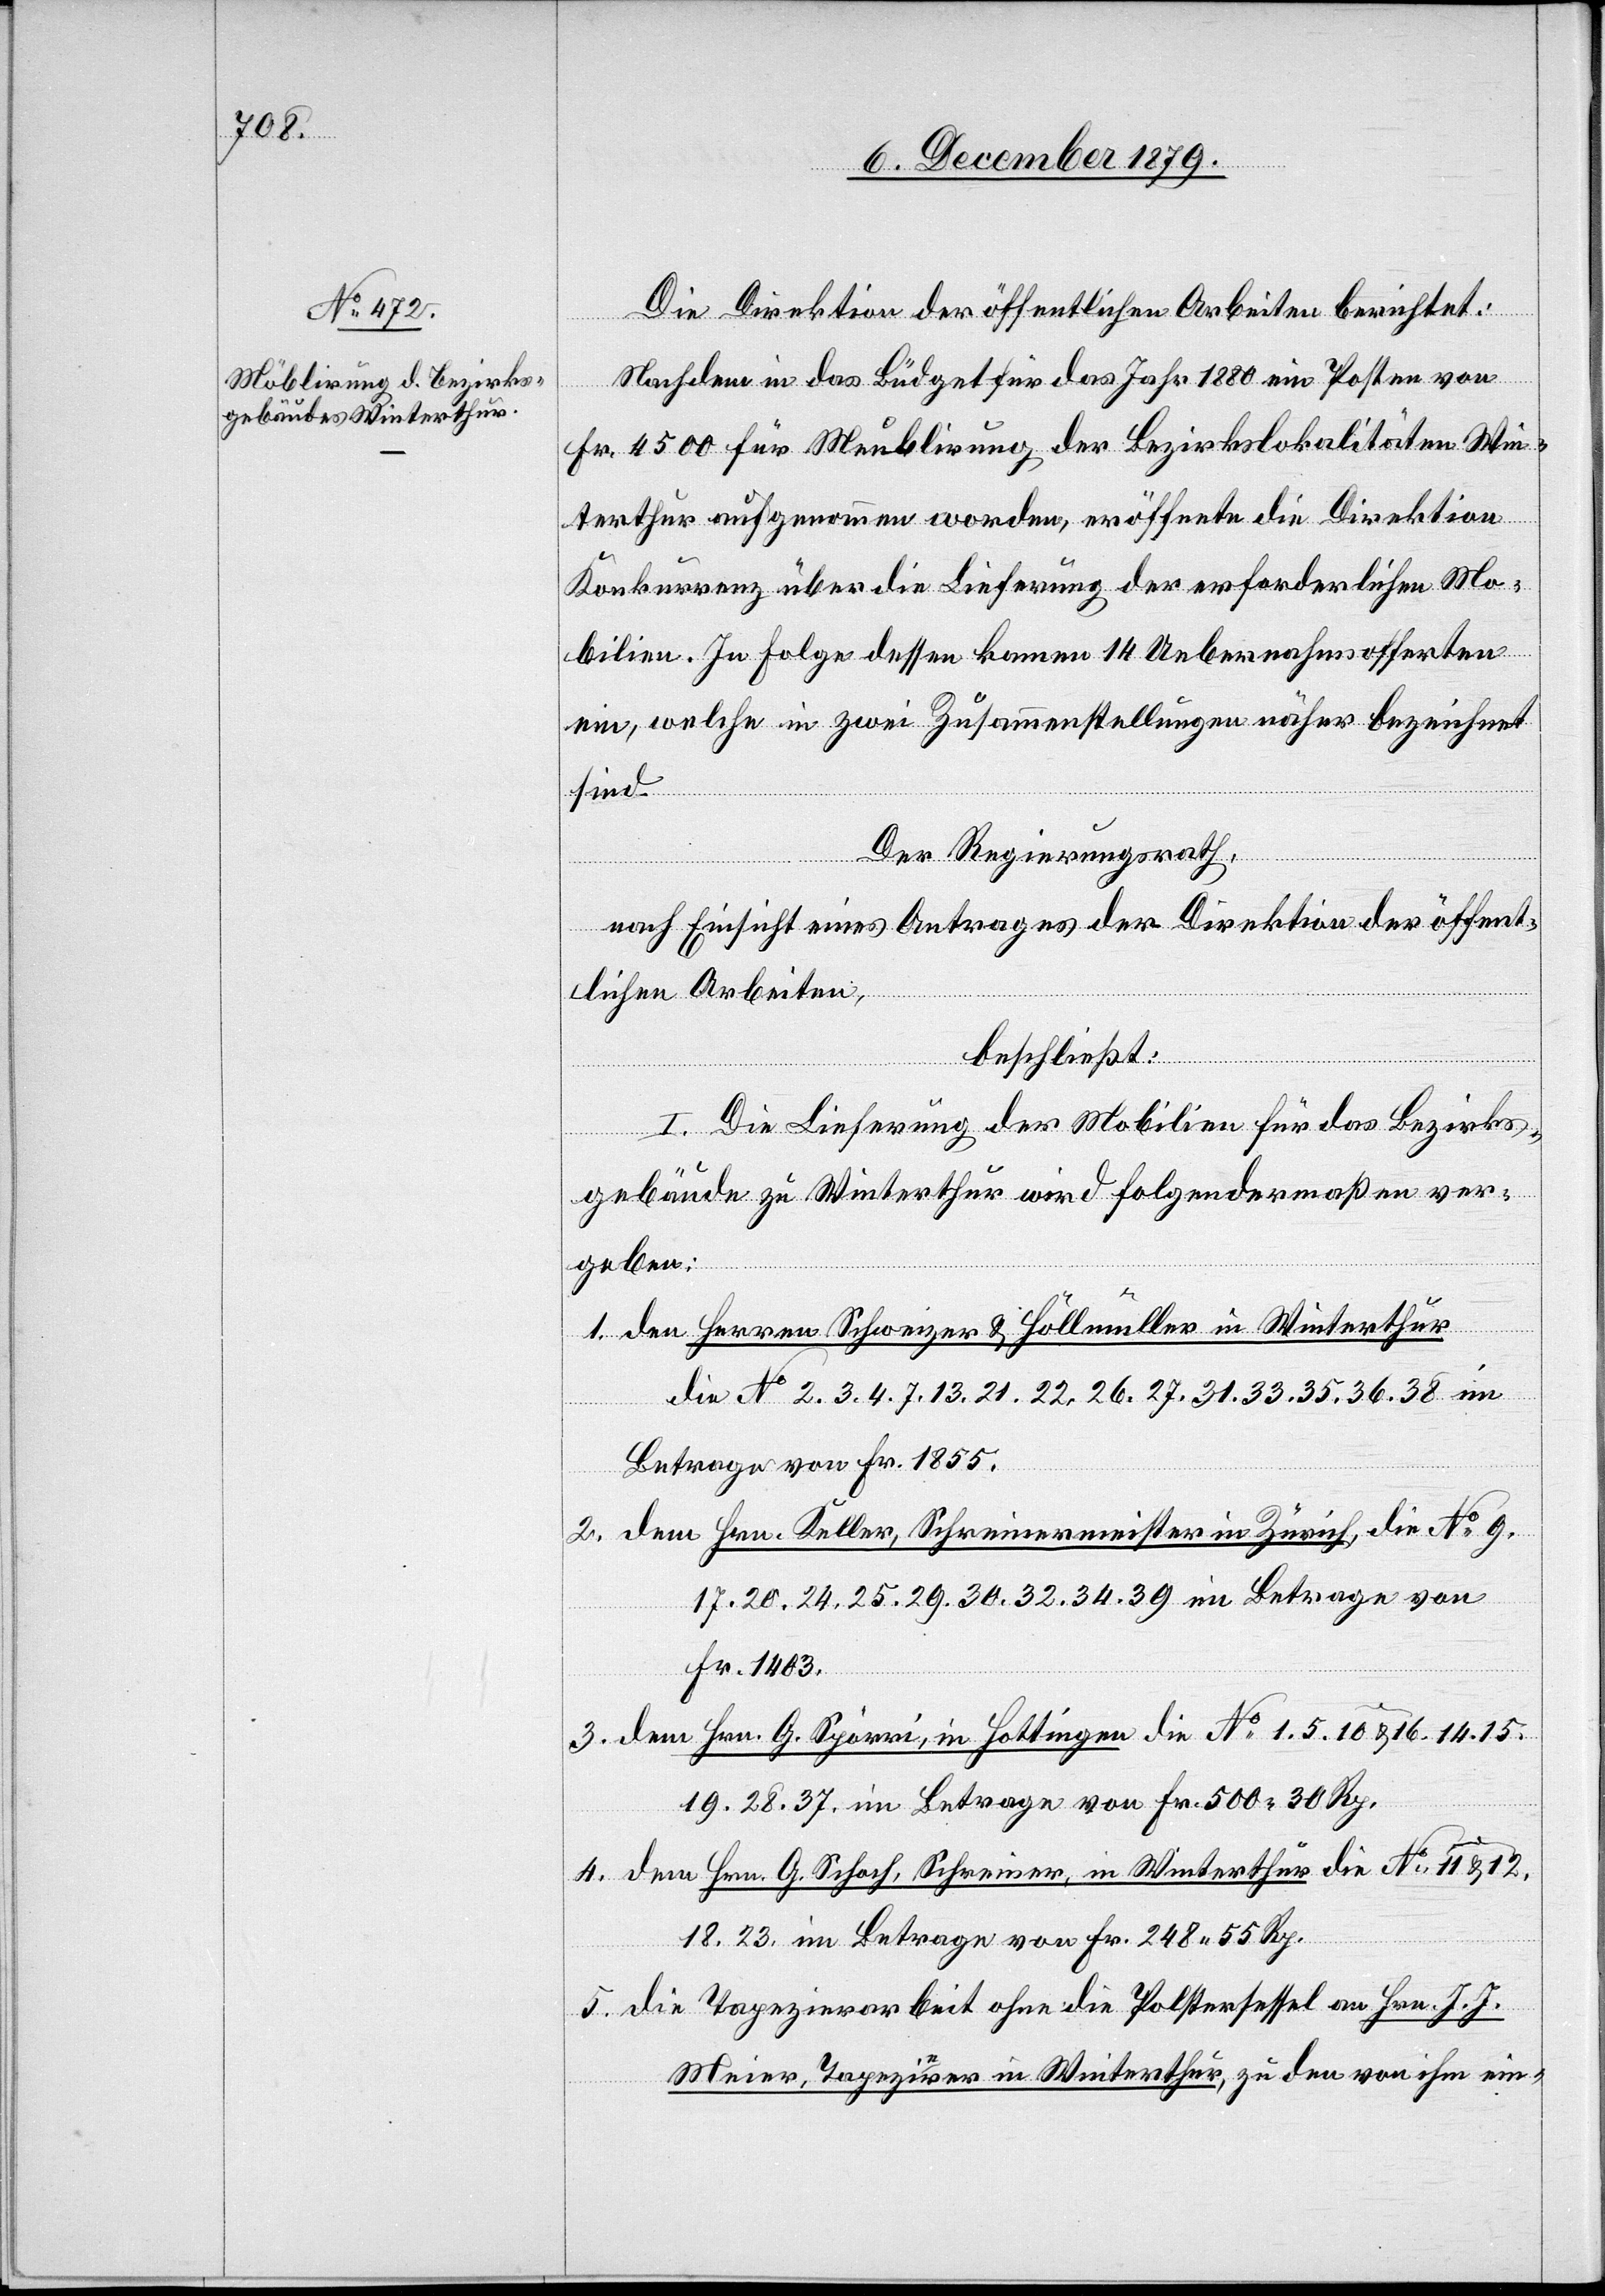
Die Direktion der öffentlichen Arbeiten berichtet:
Nachdem in das Büdget für das Jahr 1880 ein Posten von
Fr. 4500 für Meublierung der Bezirkslokalitäten Win¬
terthur aufgenommen worden, eröffnete die Direktion
Konkurrenz über die Lieferung der erforderlichen Mo¬
bilien. In Folge dessen kamen 14 Uebernahmsofferten
ein, welche in zwei Zusammenstellungen näher bezeichnet
sind.
Der Regierungsrath,
nach Einsicht eines Antrages der Direktion der öffent¬
lichen Arbeiten,
beschließt:
I. Die Lieferung der Mobilien für das Bezirks¬
gebäude zu Winterthur wird folgendermaßen ver¬
geben:
1. den Herren Schweizer & Höllmüller in Winterthur
die No 2, 3, 4, 7, 13, 21, 22, 26, 27, 31, 33, 35, 36, 38 im
Betrage von Fr. 1855.
2. dem Hrn. Keller, Schreinermeister in Zürich, die No 9,
17, 20, 24, 25, 29, 30, 32, 34, 39 im Betrage von
Fr. 1403.
3. dem Hrn. G. Spörri, in Hottingen die No 1, 5, 10 & 16, 14, 15,
19, 28, 37, im Betrage von Fr. 500 30 Rp.
4. dem Hrn. G. Schoch, Schreiner, in Winterthur die No 11 & 12,
18, 23, im Betrage von Fr. 248 55 Rp.
5. die Tapezierarbeit ohne die Polstersessel an Hrn. J. J.
Meier, Tapezierer in Winterthur, zu den von ihm ein-